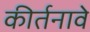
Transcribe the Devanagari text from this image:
कीर्तनावे